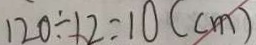
1 2 0 \div 1 2 = 1 0 ( c m )